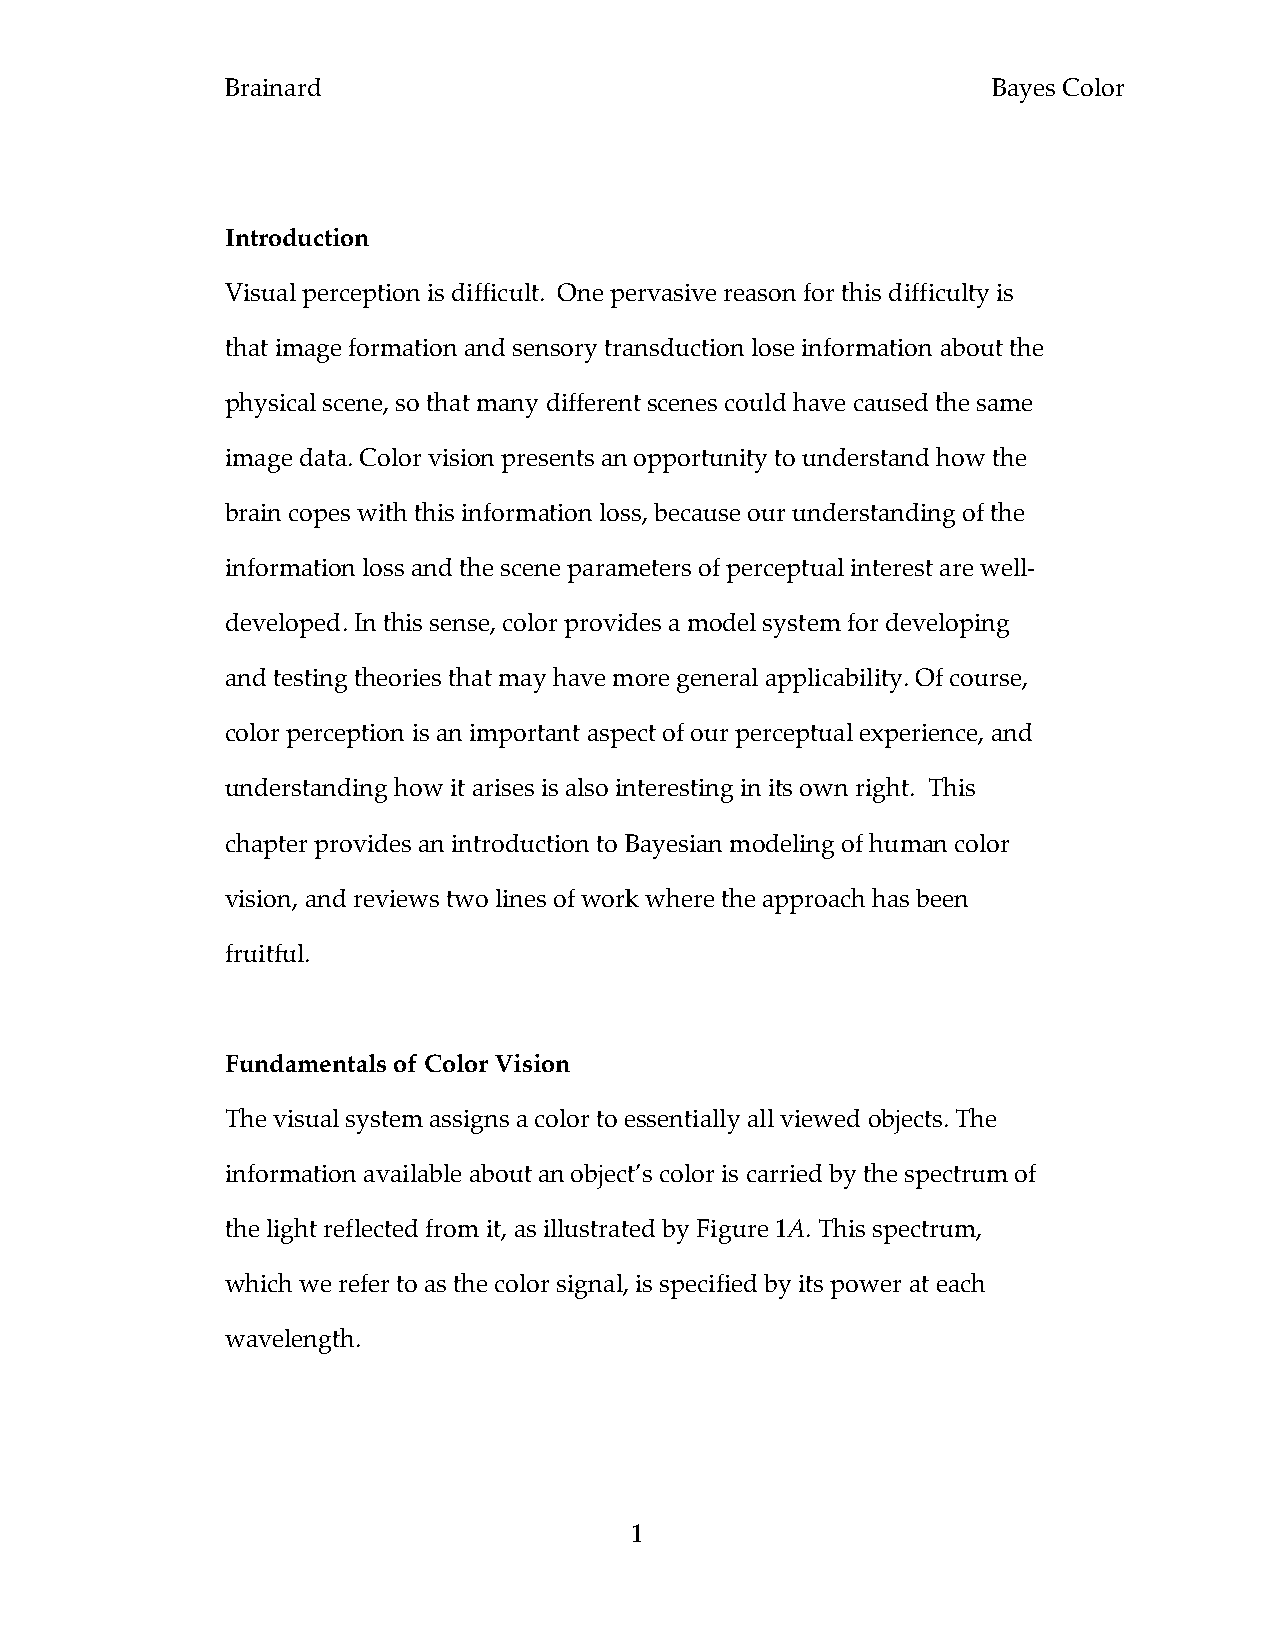
Brainard                                           Bayes Color
 Introduction
 Visual perception is difficult. One pervasive reason for this difficulty is
 that image formation and sensory transduction lose information about the
 physical scene, so that many different scenes could have caused the same
 image data. Color vision presents an opportunity to understand how the
 brain copes with this information loss, because our understanding of the
 information loss and the scene parameters of perceptual interest are well-
 developed. In this sense, color provides a model system for developing
 and testing theories that may have more general applicability. Of course,
 color perception is an important aspect of our perceptual experience, and
 understanding how it arises is also interesting in its own right. This
 chapter provides an introduction to Bayesian modeling of human color
 vision, and reviews two lines of work where the approach has been
 fruitful.
 Fundamentals of Color Vision
 The visual system assigns a color to essentially all viewed objects. The
 information available about an object’s color is carried by the spectrum of
 the light reflected from it, as illustrated by Figure 1A. This spectrum,
 which we refer to as the color signal, is specified by its power at each
 wavelength.
 1